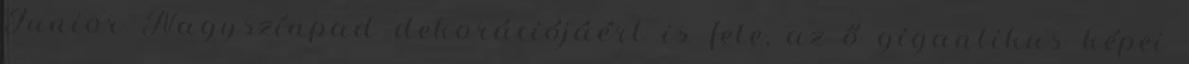
Junior Nagyszínpad dekorációjáért is fele, az ő gigantikus képei